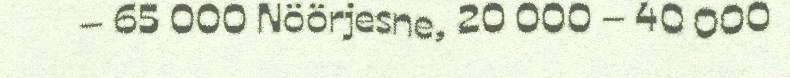
– 65 000 Nöörjesne, 20 000 – 40 000